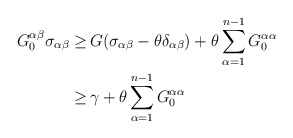
\begin{align*}\begin{aligned}G^{\alpha \beta}_0 \sigma_{\alpha \beta} \geq \,& G (\sigma_{\alpha \beta} - \theta \delta_{\alpha \beta}) + \theta \sum_{\alpha =1}^{n-1} G^{\alpha\alpha}_0\\ \geq \,& \gamma + \theta \sum_{\alpha =1}^{n-1} G^{\alpha\alpha}_0\end{aligned}\end{align*}